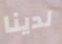
لدينا